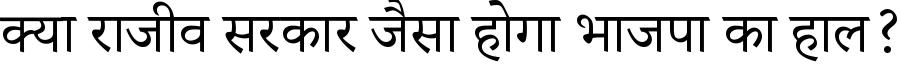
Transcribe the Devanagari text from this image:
क्या राजीव सरकार जैसा होगा भाजपा का हाल?